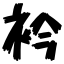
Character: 衿